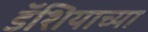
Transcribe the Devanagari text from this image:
डॅशियाच्या